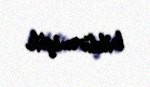
bildirmişik.